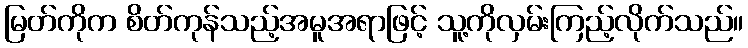
မြတ်ကိုက စိတ်ကုန်သည့်အမူအရာဖြင့် သူ့ကိုလှမ်းကြည့်လိုက်သည်။